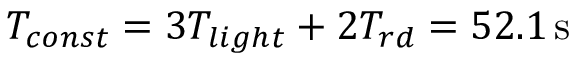
T _ { c o n s t } = 3 T _ { l i g h t } + 2 T _ { r d } = 5 2 . 1 \, \mathrm { s }